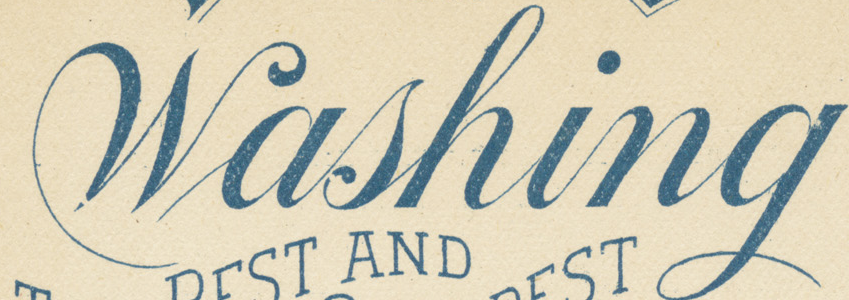
Washing